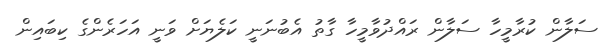
ސަލާން ކުރާމީހާ ސަލާން ރައްދުވާމީހާ ގާތު އެބުނަނީ ކަލެޔަށް ވަނީ އަހަރެންގެ ކިބައިން